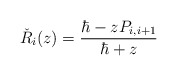
\begin{align*}\check R_i(z)=\frac{\hbar- z P_{i,i+1}}{\hbar+z}\end{align*}